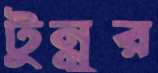
টুন্নুর